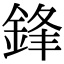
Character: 鋒